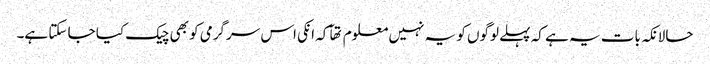
حالانکہ بات یہ ہے کہ پہلے لوگوں کو یہ نہیں معلوم تھآ کہ انکی اس سرگرمی کو بھی چیک کیا جا سکتا ہے۔